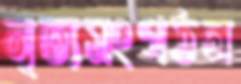
নৃত্যসংগঠন